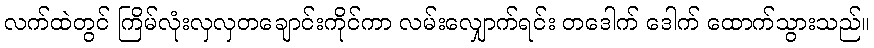
လက်ထဲတွင် ကြိမ်လုံးလှလှတချောင်းကိုင်ကာ လမ်းလျှောက်ရင်း တဒေါက် ဒေါက် ထောက်သွားသည်။